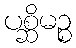
ပစ္ဆိမဉ္စ